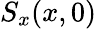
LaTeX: S_{x}(x,0)